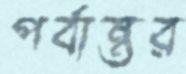
পর্বান্তর